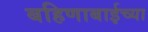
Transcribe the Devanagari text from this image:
बहिणाबाईच्‍या